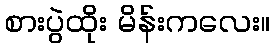
စားပွဲထိုး မိန်းကလေး။